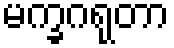
မက္ခဂရုတာ